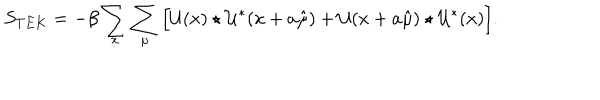
LaTeX: S _ { T E K } = - \beta \sum _ { x } \sum _ { \mu } \Big [ \mathcal { U } ( x ) \star \mathcal { U } ^ { * } ( x + a \hat { \mu } ) + \mathcal { U } ( x + a \hat { \mu } ) \star \mathcal { U } ^ { * } ( x ) \Big ] .